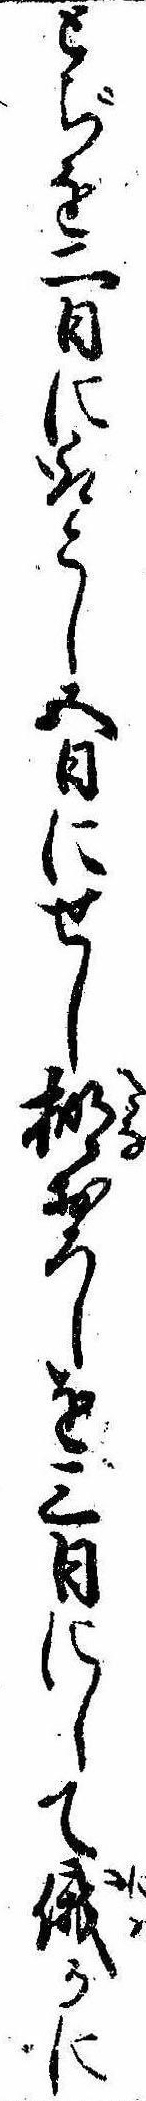
とぢを二日に取こし五日にせし棚おろしを三日にして俄かに